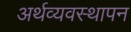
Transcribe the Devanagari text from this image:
अर्थव्यवस्थापन